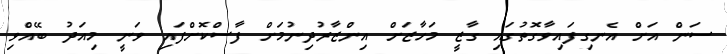
ސަން އަށް އެނގިފައިވާގޮތުގައި ގާޒީ މަހާޒަށް އިންޒާރުދިނުމަށް ފާސްކޮށްފައި ވަނީ މިއަދު ބޭއްވި